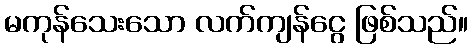
မကုန်သေးသော လက်ကျန်ငွေ ဖြစ်သည်။